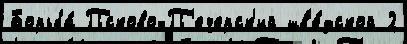
Борьба́ Псково-П'ечерск'ий шв'е́дской 2